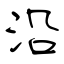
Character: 沿